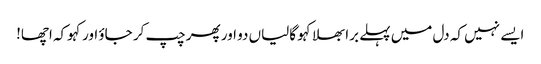
ایسے نہیں کہ دل میں پہلے برا بھلا کہو گالیاں دو اور پھر چپ کر جاؤ اور کہوکہ اچھا!